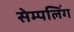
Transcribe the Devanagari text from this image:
सेम्पलिंग